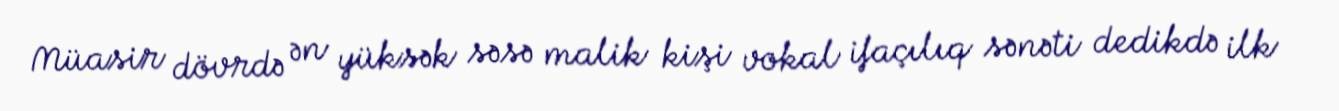
Müasir dövrdə ən yüksək səsə malik kişi vokal ifaçılıq sənəti dedikdə ilk